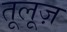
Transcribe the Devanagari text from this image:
तूलूज़